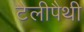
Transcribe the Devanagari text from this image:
टैलीपैथी